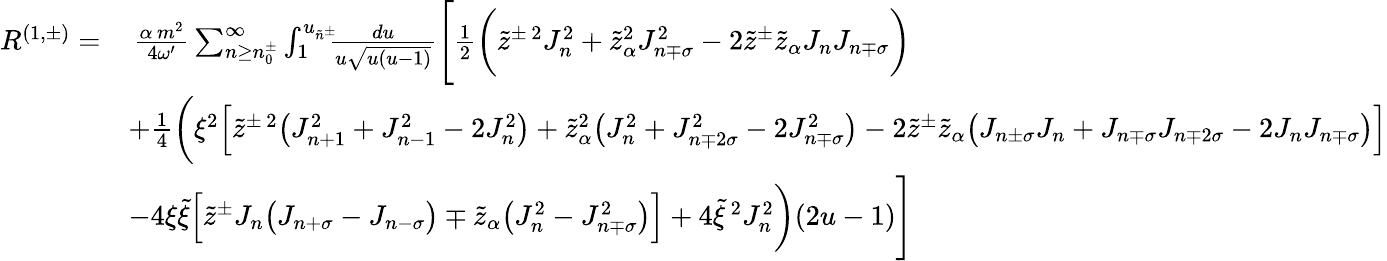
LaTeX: \begin{array}{rl}{R^{(1,\pm)}=}&{\, \frac{\alpha\, m^{2}}{4\omega^{\prime}}\sum_{n\geq n_{0}^{\pm}}^{\infty}\int_{1}^{u_{\tilde{n}^{\pm}}}\! \! \! \frac{du}{u\sqrt{u(u-1)}}\Bigg[\frac{1}{2}\bigg(\tilde{z}^{\pm\, 2}J_{n}^{2}+\tilde{z}_{\alpha}^{2}J_{n\mp\sigma}^{2}-2\tilde{z}^{\pm}\tilde{z}_{\alpha}J_{n}J_{n\mp\sigma}\bigg)}\\ &{+\frac{1}{4}\bigg(\xi^{2}\Big[\tilde{z}^{\pm\, 2}\big(J_{n+1}^{2}+J_{n-1}^{2}-2J_{n}^{2}\big)+\tilde{z}_{\alpha}^{2}\big(J_{n}^{2}+J_{n\mp 2\sigma}^{2}-2J_{n\mp\sigma}^{2}\big)-2\tilde{z}^{\pm}\tilde{z}_{\alpha}\big(J_{n\pm\sigma}J_{n}+J_{n\mp\sigma}J_{n\mp 2\sigma}-2J_{n}J_{n\mp\sigma}\big)\Big]}\\ &{-4\xi\tilde{\xi}\Big[\tilde{z}^{\pm}J_{n}\big(J_{n+\sigma}-J_{n-\sigma}\big)\mp\tilde{z}_{\alpha}\big(J_{n}^{2}-J_{n\mp\sigma}^{2}\big)\Big]+4\tilde{\xi}^{\, 2}J_{n}^{2}\bigg)(2u-1)\Bigg]}\end{array}